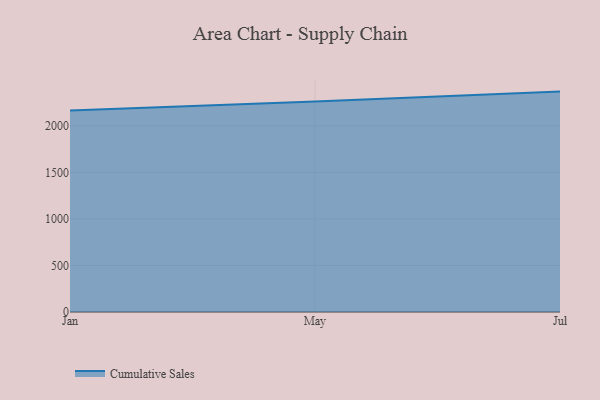
{"axis": {"x": "Month", "y": "Gross Profit (USD K)"}, "legend": ["Cumulative Sales"], "data": [{"x": "Jan", "y": 2165.3, "type": "Cumulative Sales"}, {"x": "May", "y": 2261.2, "type": "Cumulative Sales"}, {"x": "Jul", "y": 2368.0, "type": "Cumulative Sales"}]}